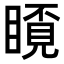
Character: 𥉿